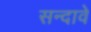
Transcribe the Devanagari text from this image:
सन्दावे